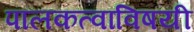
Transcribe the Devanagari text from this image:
पालकत्वाविषयी